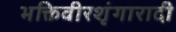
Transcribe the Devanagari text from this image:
भक्तिवीरशृंगारादी